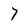
Character: 7